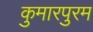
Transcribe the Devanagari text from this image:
कुमारपुरम